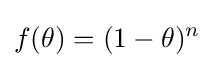
f(\theta )=(1-\theta )^{n}